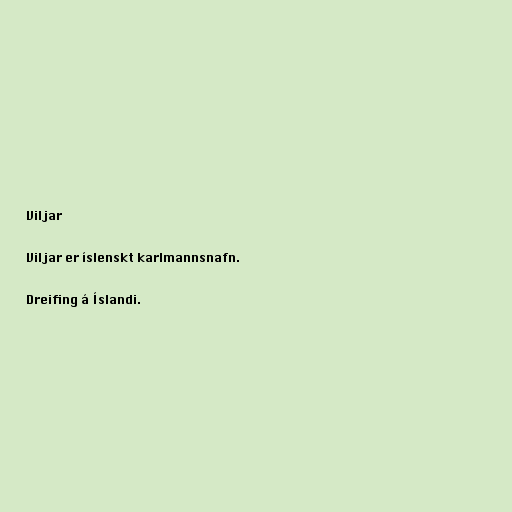
Viljar

Viljar er íslenskt karlmannsnafn.

Dreifing á Íslandi.